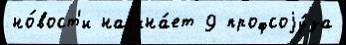
но́вост'и начина́ет 9 профсоjу́за